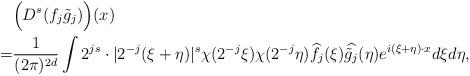
LaTeX: \begin{align*}&\Bigl( D^s(f_j \tilde g_j ) \Bigr) (x) \\=&\frac 1 { (2\pi)^{2d} } \int 2^{js} \cdot |2^{-j}(\xi+\eta)|^s \chi(2^{-j} \xi) \chi(2^{-j} \eta) \widehat{f_j}(\xi) \widehat{\tilde g_j} (\eta) e^{i(\xi+\eta) \cdot x} d\xi d\eta,\end{align*}